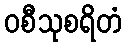
ဝစီသုစရိတံ